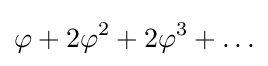
\varphi +2\varphi ^{2}+2\varphi ^{3}+\ldots